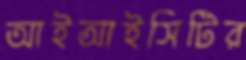
আইআইসিটির